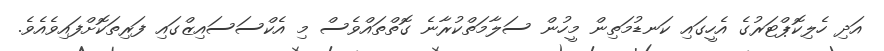
އަދި ހެލިކޮޕްޓަރުގެ އެހީގައި ކަނޑުމަތިން މީހުން ސަލާމަތްކުރާނެ ގޮތްތައްވެސް މި އެކްސަސައިޒްގައި ފަރިތަކޮށްފައިވެއެވެ.